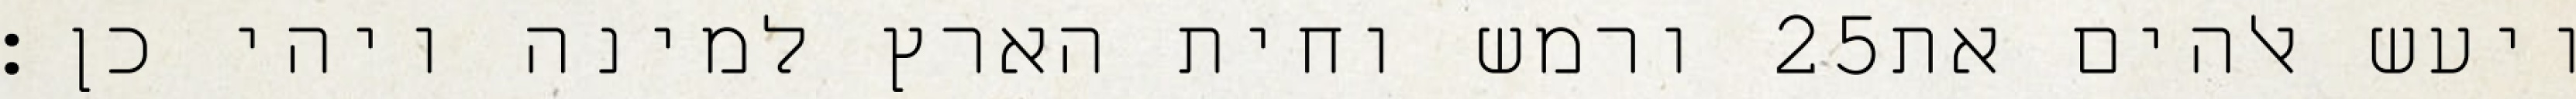
ורמש וחית הארץ למינה ויהי כן׃ ‎25‏ ויעש אלהים את